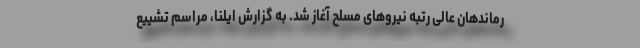
رماندهان عالی رتبه نیروهای مسلح آغاز شد. به گزارش ایلنا، مراسم تشییع